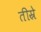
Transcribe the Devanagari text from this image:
तीस्रे